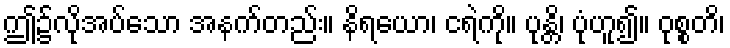
ဤ၌လိုအပ်သော အနက်တည်း။ နိရယော၊ ငရဲကို။ ပုန္တိ၊ ပုံဟူ၍။ ဝုစ္စတိ၊